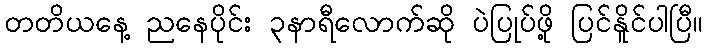
တတိယနေ့ ညနေပိုင်း ၃နာရီလောက်ဆို ပဲပြုပ်ဖို့ ပြင်နိူင်ပါပြီ။